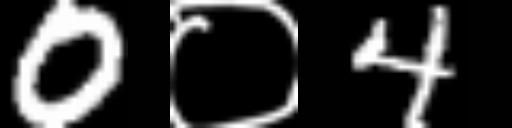
Text: 0०4